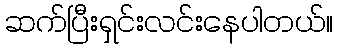
ဆက်ပြီးရှင်းလင်းနေပါတယ်။